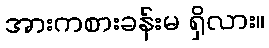
အားကစားခန်းမ ရှိလား။